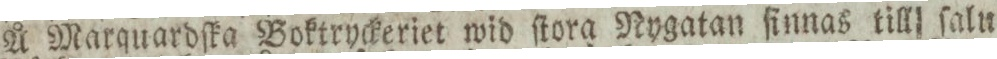
Å Marquardſka Boktryckeriet wid ſtora Nygatan ſinnas till ſalu